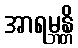
အာရမ္ဘန္တိ